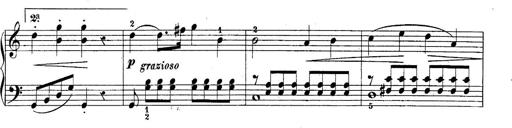
Title: 10 Sonatines progressives
Composer: Anton Schmoll